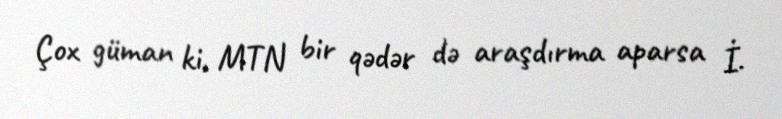
Çox güman ki, MTN bir qədər də araşdırma aparsa İ.